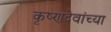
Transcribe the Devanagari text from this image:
कृष्णदेवांच्या